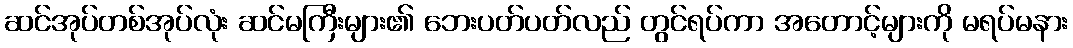
ဆင်အုပ်တစ်အုပ်လုံး ဆင်မကြီးများ၏ ဘေးပတ်ပတ်လည် တွင်ရပ်ကာ အတောင့်များကို မရပ်မနား